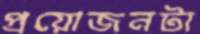
প্রয়োজনটা